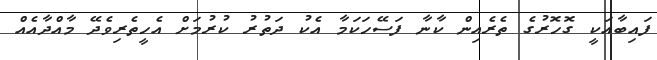
ފައިބާއަކީ ގޮހޮރުގެ ތެރެއިން ކާނާ ފަސޭހަކަމާ އެކު ދަތުރު ކުރުމަށް އެހީތެރިވެދޭ މާއްދާއެއް